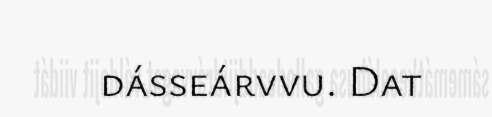
dásseárvvu. Dat